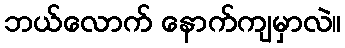
ဘယ်လောက် နောက်ကျမှာလဲ။